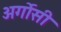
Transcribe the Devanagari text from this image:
अर्गोसी